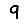
Digit: 9